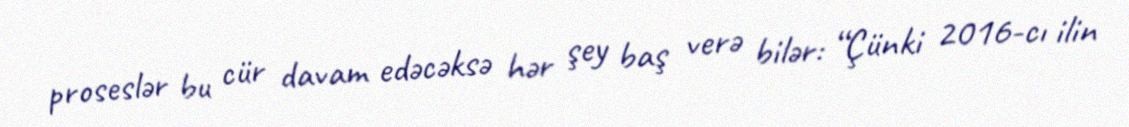
proseslər bu cür davam edəcəksə hər şey baş verə bilər: “Çünki 2016-cı ilin